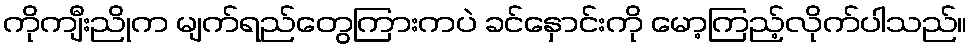
ကိုကျီးညိုက မျက်ရည်တွေကြားကပဲ ခင်နှောင်းကို မော့ကြည့်လိုက်ပါသည်။